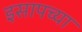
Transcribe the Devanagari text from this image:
इसापच्या